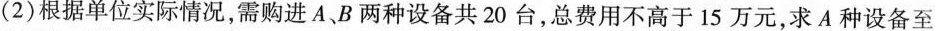
(2)根据单位实际情况，需购进A、B两种设备共20台，总费用不高于15万元，求A种设备至